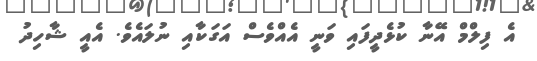
އެ ފިލްްމް އޭނާ ކުޅެދީފައި ވަނީ އެއްވެސް އަގަކާއި ނުލައެވެ. އެއީ ޝާހިދު